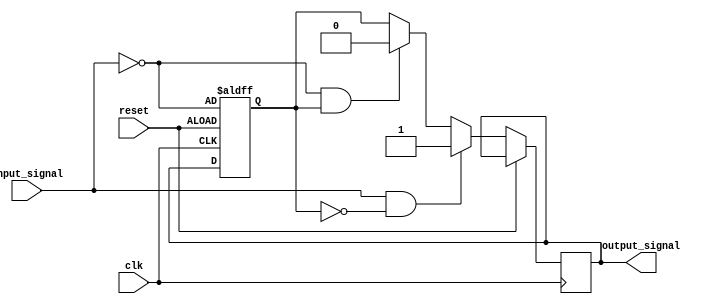
module Schmitt_trigger_inverter (
    input wire clk,
    input wire reset,
    input wire input_signal,
    output reg output_signal
);

reg previous_output;

parameter THRESHOLD_HIGH = 1'b1;
parameter THRESHOLD_LOW = 1'b0;

always @(posedge clk or posedge reset) begin
    if (reset) begin
        previous_output <= ~input_signal;
    end else begin
        if (input_signal == THRESHOLD_HIGH && previous_output == THRESHOLD_LOW) begin
            output_signal <= THRESHOLD_HIGH;
        end else if (input_signal == THRESHOLD_LOW && previous_output == THRESHOLD_HIGH) begin
            output_signal <= THRESHOLD_LOW;
        end else begin
            output_signal <= previous_output;
        end

        previous_output <= output_signal;
    end
end

endmodule